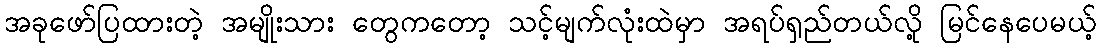
အခုဖော်ပြထားတဲ့ အမျိုးသား တွေကတော့ သင့်မျက်လုံးထဲမှာ အရပ်ရှည်တယ်လို့ မြင်နေပေမယ့်